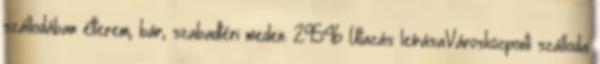
szállodában étterem, bár, szabadtéri meden. 29546 Utazás leírásaVárosközponti szálloda